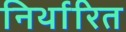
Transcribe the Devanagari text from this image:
निर्थारित